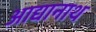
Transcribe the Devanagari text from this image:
आद्यानाथ